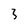
Character: 3